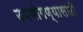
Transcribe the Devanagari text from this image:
उपभोगण्यासाठी